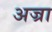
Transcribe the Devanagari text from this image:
अज्रा